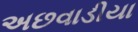
અછવાડીયા